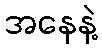
အနေနဲ့